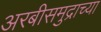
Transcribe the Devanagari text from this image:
अरबीसमुद्राच्या